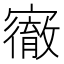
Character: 𡫠